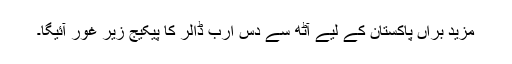
مزید برآں پاکستان کے لیے آٹھ سے دس ارب ڈالر کا پیکیج زیر غور آئیگا۔